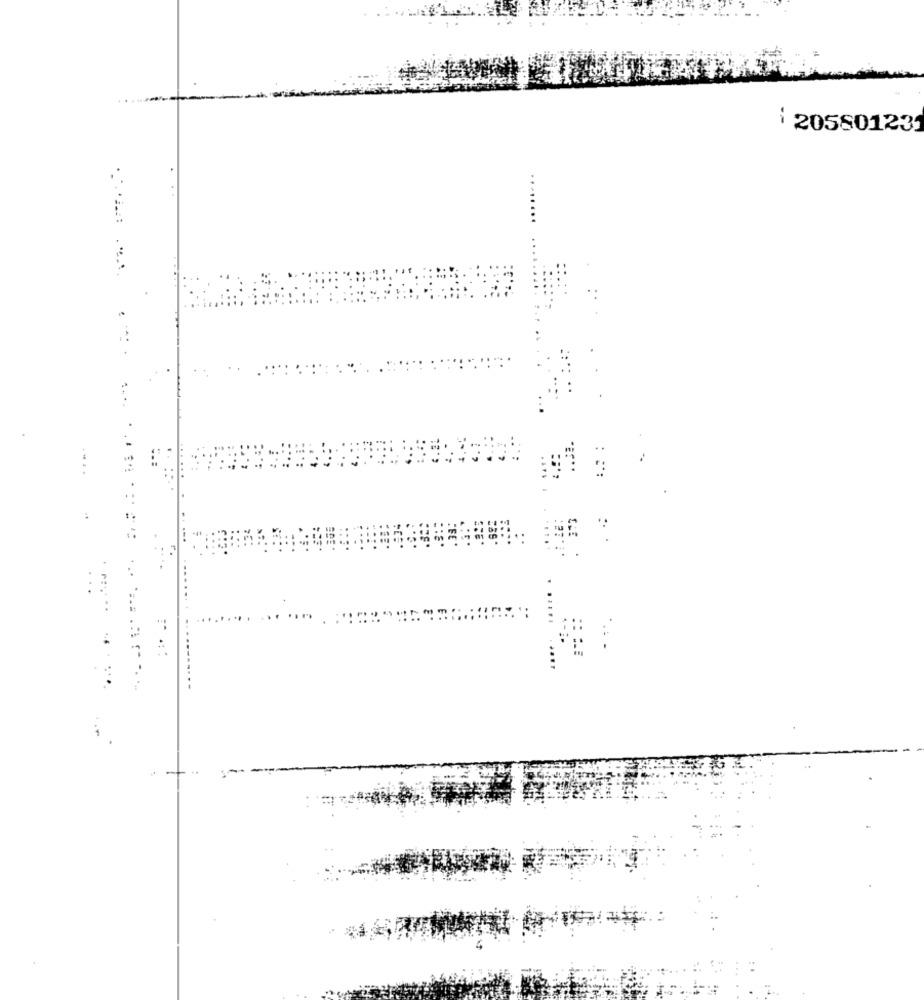
i 205801231
...